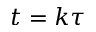
t = k \tau